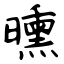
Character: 曛